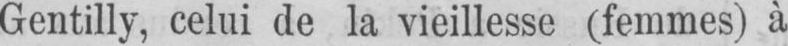
Gentilly, celui de la vieillesse (femmes) à